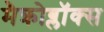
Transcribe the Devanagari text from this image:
मैक्रोब्लॉक्स